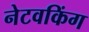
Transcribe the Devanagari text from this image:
नेटवकिंग